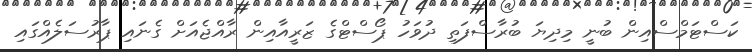
ކަސްޓަމްސްއިން ބުނީ މިދިޔަ ބުރާސްފަތި ދުވަހު ޕޯސްޓްގެ ޒަރީއާއިން ރާއްޖެއަށް ގެނައި ޕާރުސަލެއްގައި